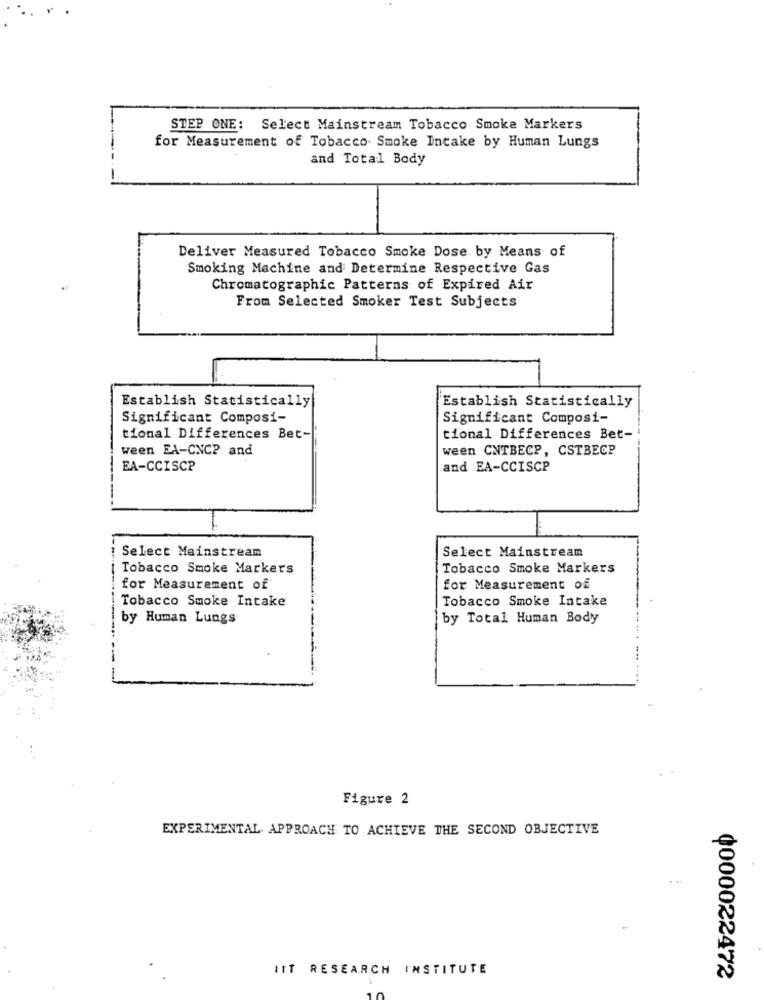
STEP ONE: Select Mainstream Tobacco Smoke Markers
for Measurement of Tobacco Smoke Intake by Human Lungs
and Total Body
Deliver Measured Tobacco Smoke Dose by Means of
Smoking Machine and Determine Respective Gas
Chromatographic Patterns of Expired Air
From Selected Smoker Test Subjects
Establish Statistically
Establish Statistically
Significant Composi-
Significant Composi-
tional Differences Bet-
tional Differences Bet-
ween EA-CNCP and
ween CNTBECP, CSTBECP
EA-CCISCP
and EA-CCISCP
Select Mainstream
Select Mainstream
Tobacco Smoke Markers
Tobacco Smoke Markers
for Measurement of
for Measurement of
Tobacco Smoke Intake
Tobacco Smoke Intake
by Human Lungs
by Total Human Body
Figure 2
EXPERIMENTAL APPROACH TO ACHIEVE THE SECOND OBJECTIVE
IIT RESEARCH INSTITUTE
¢000022472